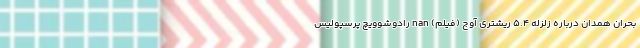
بحران همدان درباره زلزله ۵.۴ ریشتری آوج (فیلم) nan رادوشوویچ پرسپولیس